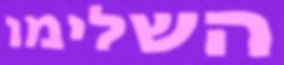
השלימו